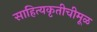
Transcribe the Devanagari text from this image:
साहित्यकृतीचीमूळ